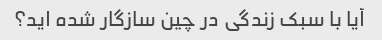
آیا با سبک زندگی در چین سازگار شده اید؟